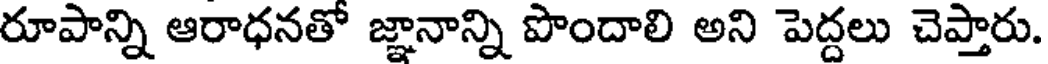
రూపాన్ని ఆరాధనతో జ్ఞానాన్ని పొందాలి అని పెద్దలు చెప్తారు.